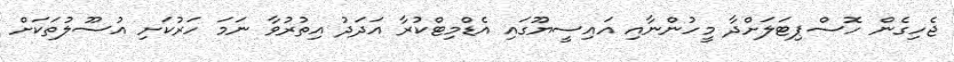
ޖެހިގެން ހޮސްޕިޓަލަށްދާ މީހުންނާއި އައިސީޔޫގައި އެޑްމިޓްކުރާ އަދަދު އިތުރުވާ ނަމަ ހަރުކަށި އުސޫލުތަކަށް